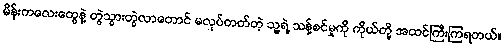
မိန်းကလေးတွေနဲ့ တွဲသွားတွဲလာတောင် မလုပ်တတ်တဲ့ သူ့ရဲ့ သန့်စင်မှုကို ကိုယ်တို့ အထင်ကြီးကြရတယ်။